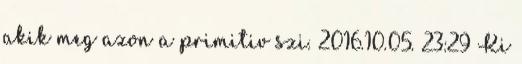
akik meg azon a primitiv szi. 2016.10.05. 23:29 Ki